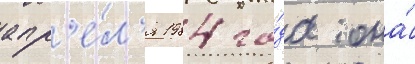
апр'е́л'я 1984 го́да она́